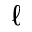
\ell